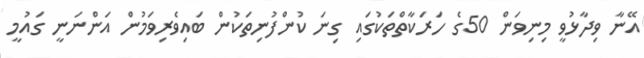
އޭނާ ވިދާޅުވީ މިނިވަން 50ގެ ހަރަކާތްތަކުގައި ގިނަ ކުންފުނިތަކުން ބައިވެރިވަމުން އަންނަނީ ގައުމީ